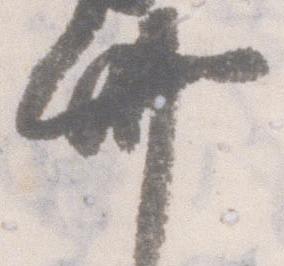
卅